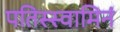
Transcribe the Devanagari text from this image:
पतिस्स्वामिनं